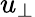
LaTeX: u_{\perp}